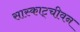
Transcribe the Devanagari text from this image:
सास्काट्चीवन